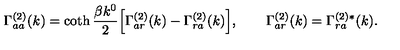
\Gamma _ { a a } ^ { ( 2 ) } ( k ) = \coth { \frac { \beta k ^ { 0 } } { 2 } } \Bigl [ \Gamma _ { a r } ^ { ( 2 ) } ( k ) - \Gamma _ { r a } ^ { ( 2 ) } ( k ) \Bigr ] , \qquad \Gamma _ { a r } ^ { ( 2 ) } ( k ) = \Gamma _ { r a } ^ { ( 2 ) * } ( k ) .